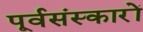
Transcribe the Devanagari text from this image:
पूर्वसंस्कारों